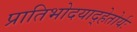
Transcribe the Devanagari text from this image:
प्रातिभोदयाद्हेतोर्यः